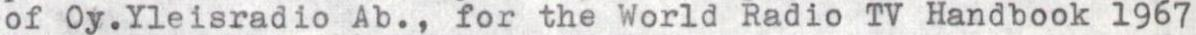
of Oy.Yleisradio Ab., for the World Radio TV Handbook 1967